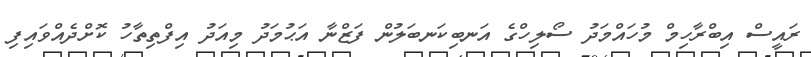
ރައީސް އިބްރާހިމް މުހައްމަދު ސޯލިހްގެ އަނބިކަނބަލުން ފަޒްނާ އަޙުމަދު މިއަދު އިފްތިތާހު ކޮށްދެއްވައިފި